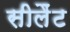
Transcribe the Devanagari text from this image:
सीलैंट